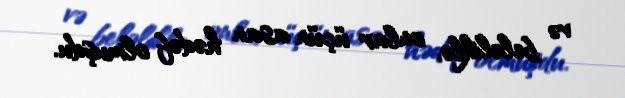
və beləliklə, onlar üçün asan hədəf olmuşdu.